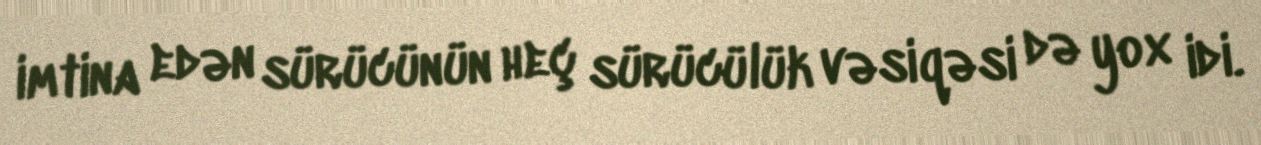
imtina edən sürücünün heç sürücülük vəsiqəsi də yox idi.